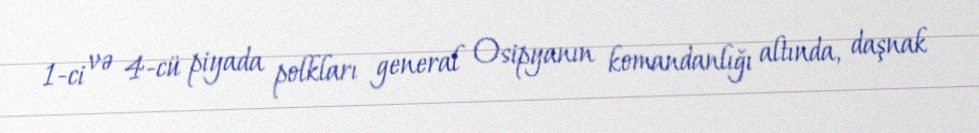
1-ci və 4-cü piyada polkları general Osipyanın komandanlığı altında, daşnak